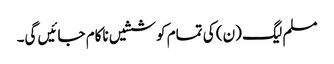
مسلم لیگ (ن) کی تمام کوششیں ناکام جائیں گی۔